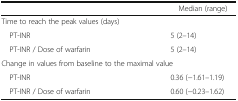
<table><thead><tr><td></td><td><b>Median (range)</b></td></tr></thead><tbody><tr><td colspan="2">Time to reach the peak values (days)</td></tr><tr><td> PT-INR</td><td>5 (2–14)</td></tr><tr><td> PT-INR / Dose of warfarin</td><td>5 (2–14)</td></tr><tr><td colspan="2">Change in values from baseline to the maximal value</td></tr><tr><td> PT-INR</td><td>0.36 (−1.61–1.19)</td></tr><tr><td> PT-INR / Dose of warfarin</td><td>0.60 (−0.23–1.62)</td></tr></tbody></table>